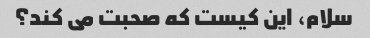
سلام، این کیست که صحبت می کند؟